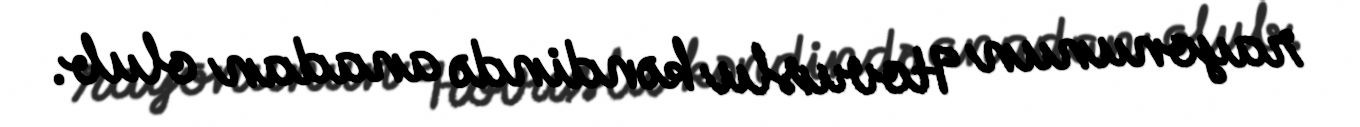
rayonunun Hovuslu kəndində anadan olub.